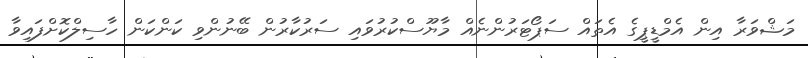
މަޝްވަރާ އިން އެމްޑީޕީގެ އެތައް ސަޕޯޓަރުންނެއް މާޔޫސްކުރުވައި ސަރުކާރުން ބޭނުންވި ކަންކަން ހާސިލްކޮށްފައިވާ